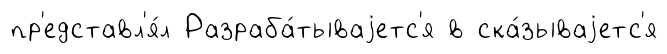
пр'едставл'я́л Разраба́тываjетс'я в ска́зываjетс'я